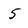
Character: 5